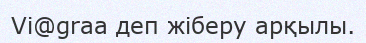
Vi@graa деп жіберу арқылы.